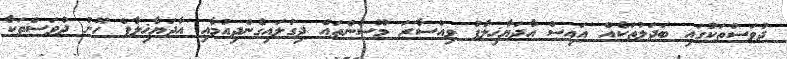
ދުވަސްތަކުގައި ބަދަލުތަކެއް އައިސް އާދަޔާޚިލާފު ވިއްސާރަ މޫސުންތައް ދިގުލައިގެންދިއުމާއި އާދަޔާޚިލާފް ހޫނު ދުވަސްތަކާ